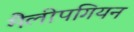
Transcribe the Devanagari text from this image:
मैलीपगियन